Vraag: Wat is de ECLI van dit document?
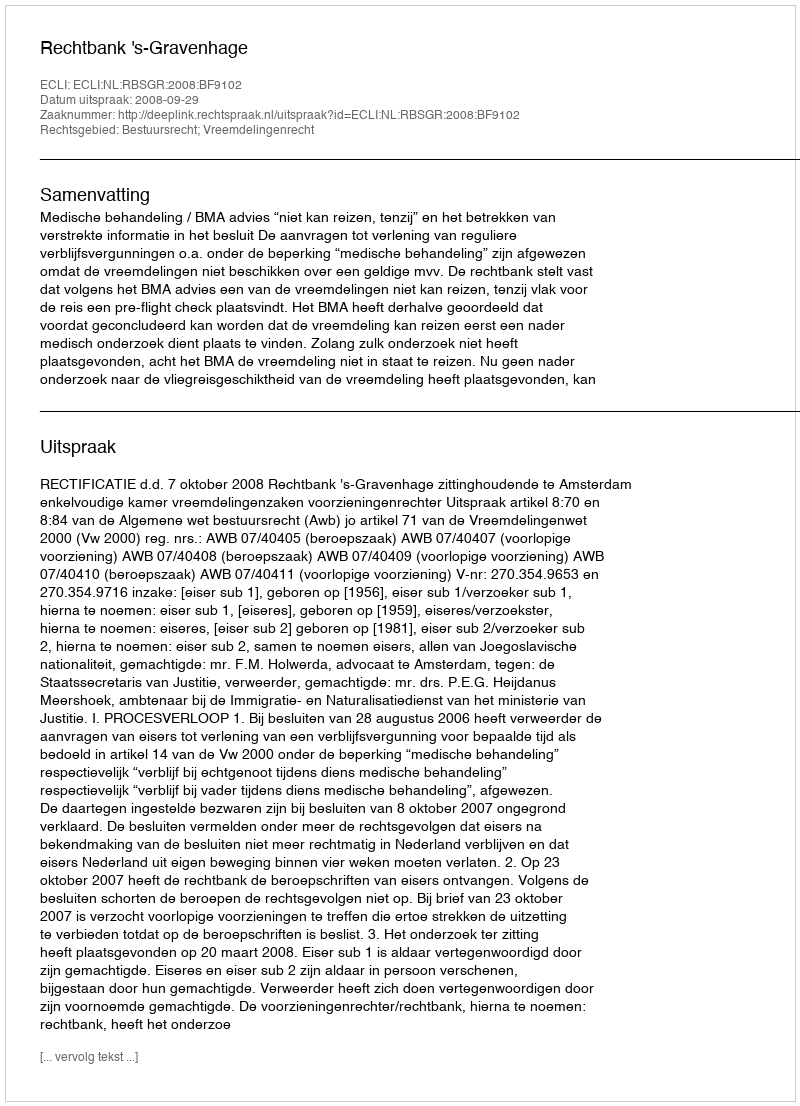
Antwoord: ECLI:NL:RBSGR:2008:BF9102